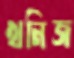
খনিজ